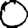
Digit: 0